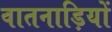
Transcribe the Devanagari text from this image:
वातनाड़ियों